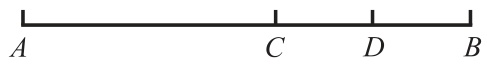
\(A\mathrel{\text{——}}\mathrel{\text{——}}\mathrel{\text{——}}\mathrel{\text{——}}\mathrel{\text{——}}\mathrel{\text{——}}\mathrel{\text{——}}\mathrel{\text{┴}}\mathrel{\text{——}}\mathrel{\text{——}}\mathrel{\text{┴}}\mathrel{\text{——}}\mathrel{\text{——}}\mathrel{\text{┘}}_{C\quad D\quad B}\)